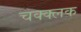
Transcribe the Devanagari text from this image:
चक्क्लक